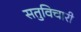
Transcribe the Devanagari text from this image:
सतुविचारी